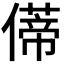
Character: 𫣥